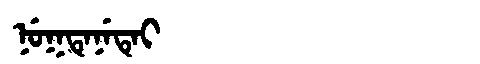
Manchu: ᠨᡠᡴᡨᡝᠨᡝᡨᡝᡳ
Romanization: NUKTENETEI